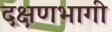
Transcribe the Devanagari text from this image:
दक्षणभागी